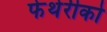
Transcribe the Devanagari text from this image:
फेथेरीको